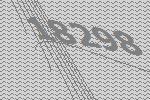
18298